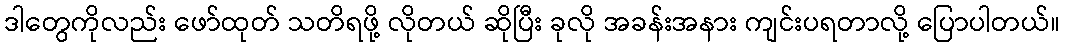
ဒါတွေကိုလည်း ဖော်ထုတ် သတိရဖို့ လိုတယ် ဆိုပြီး ခုလို အခန်းအနား ကျင်းပရတာလို့ ပြောပါတယ်။